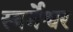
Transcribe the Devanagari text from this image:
स्वर्नेश्वर